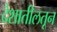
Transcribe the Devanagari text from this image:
देशातीलतून